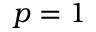
p = 1